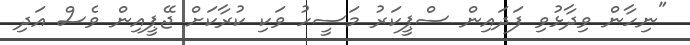
"ނިހާން ވިދާޅުވި ފަދައިން ސްޕީކަރު މަސީހު ވަކި ކުރާކަށް ޖޭޕީއިން ވެސް އަދި